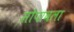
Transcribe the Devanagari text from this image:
सोपावला